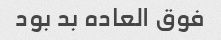
فوق العاده بد بود